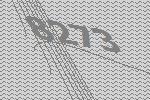
8273